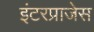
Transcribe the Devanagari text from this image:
इंटरप्राजेस